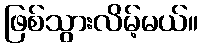
ဖြစ်သွားလိမ့်မယ်။